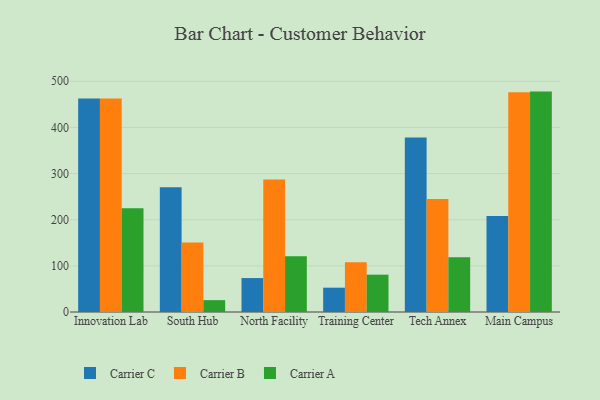
{"axis": {"x": "Campus", "y": "Production Output"}, "legend": ["Carrier A", "Carrier B", "Carrier C"], "data": [{"x": "Innovation Lab", "y": 462.7, "type": "Carrier C"}, {"x": "Innovation Lab", "y": 462.6, "type": "Carrier B"}, {"x": "Innovation Lab", "y": 224.7, "type": "Carrier A"}, {"x": "South Hub", "y": 270.3, "type": "Carrier C"}, {"x": "South Hub", "y": 150.8, "type": "Carrier B"}, {"x": "South Hub", "y": 25.7, "type": "Carrier A"}, {"x": "North Facility", "y": 73.5, "type": "Carrier C"}, {"x": "North Facility", "y": 287.0, "type": "Carrier B"}, {"x": "North Facility", "y": 120.6, "type": "Carrier A"}, {"x": "Training Center", "y": 52.7, "type": "Carrier C"}, {"x": "Training Center", "y": 107.6, "type": "Carrier B"}, {"x": "Training Center", "y": 80.9, "type": "Carrier A"}, {"x": "Tech Annex", "y": 378.1, "type": "Carrier C"}, {"x": "Tech Annex", "y": 244.6, "type": "Carrier B"}, {"x": "Tech Annex", "y": 118.4, "type": "Carrier A"}, {"x": "Main Campus", "y": 207.9, "type": "Carrier C"}, {"x": "Main Campus", "y": 476.0, "type": "Carrier B"}, {"x": "Main Campus", "y": 477.6, "type": "Carrier A"}]}